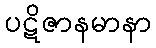
ပဋိဇာနမာနာ